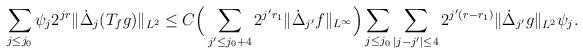
LaTeX: \begin{align*} \sum_{j\le j_0}\psi_j2^{jr}\Vert\dot{\Delta}_j(T_{f} g)\Vert_{L^2} \le C \Big(\sum_{j'\le j_0+4} 2^{j'r_1}\Vert \dot \Delta_{j'} f\Vert_{L^\infty}\Big) \sum_{j\le j_0} \sum_{\vert j-j'\vert \le 4}2^{j'(r-r_1)} \Vert \dot \Delta_{j'}g \Vert_{L^2}\psi_j.\end{align*}